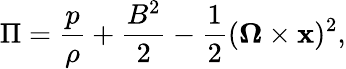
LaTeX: \Pi=\frac{p}{\rho}+\frac{B^{2}}2-\frac{1}{2}(\boldsymbol{\Omega}\times\mathbf{x})^{2},